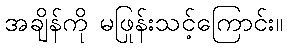
အချိန်ကို မဖြုန်းသင့်ကြောင်း။